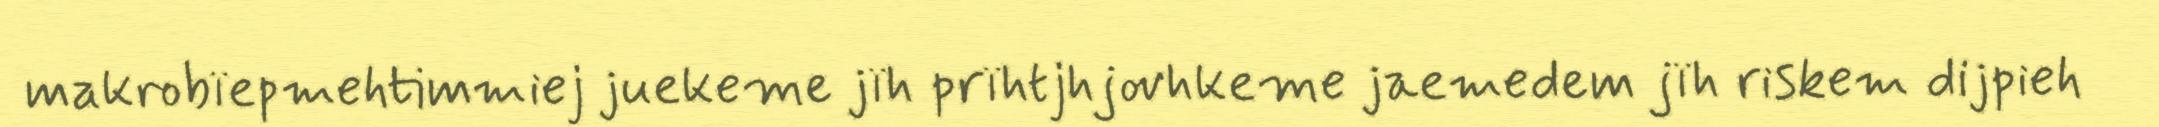
makrobïepmehtimmiej juekeme jïh prïhtjhjovhkeme jaemedem jïh riskem dijpieh